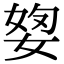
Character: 𡝓